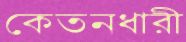
কেতনধারী